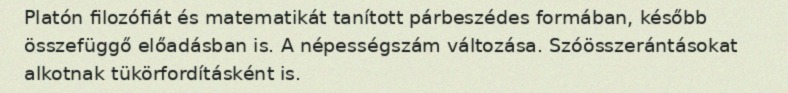
Platón filozófiát és matematikát tanított párbeszédes formában, később összefüggő előadásban is. A népességszám változása. Szóösszerántásokat alkotnak tükörfordításként is.